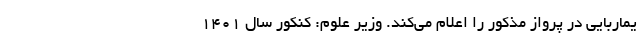
یماربایی در پرواز مذکور را اعلام می‌کند. وزیر علوم: کنکور سال ۱۴۰۱